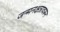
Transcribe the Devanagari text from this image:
जन्मनक्षत्रावरून